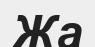
Жа